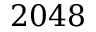
2 0 4 8